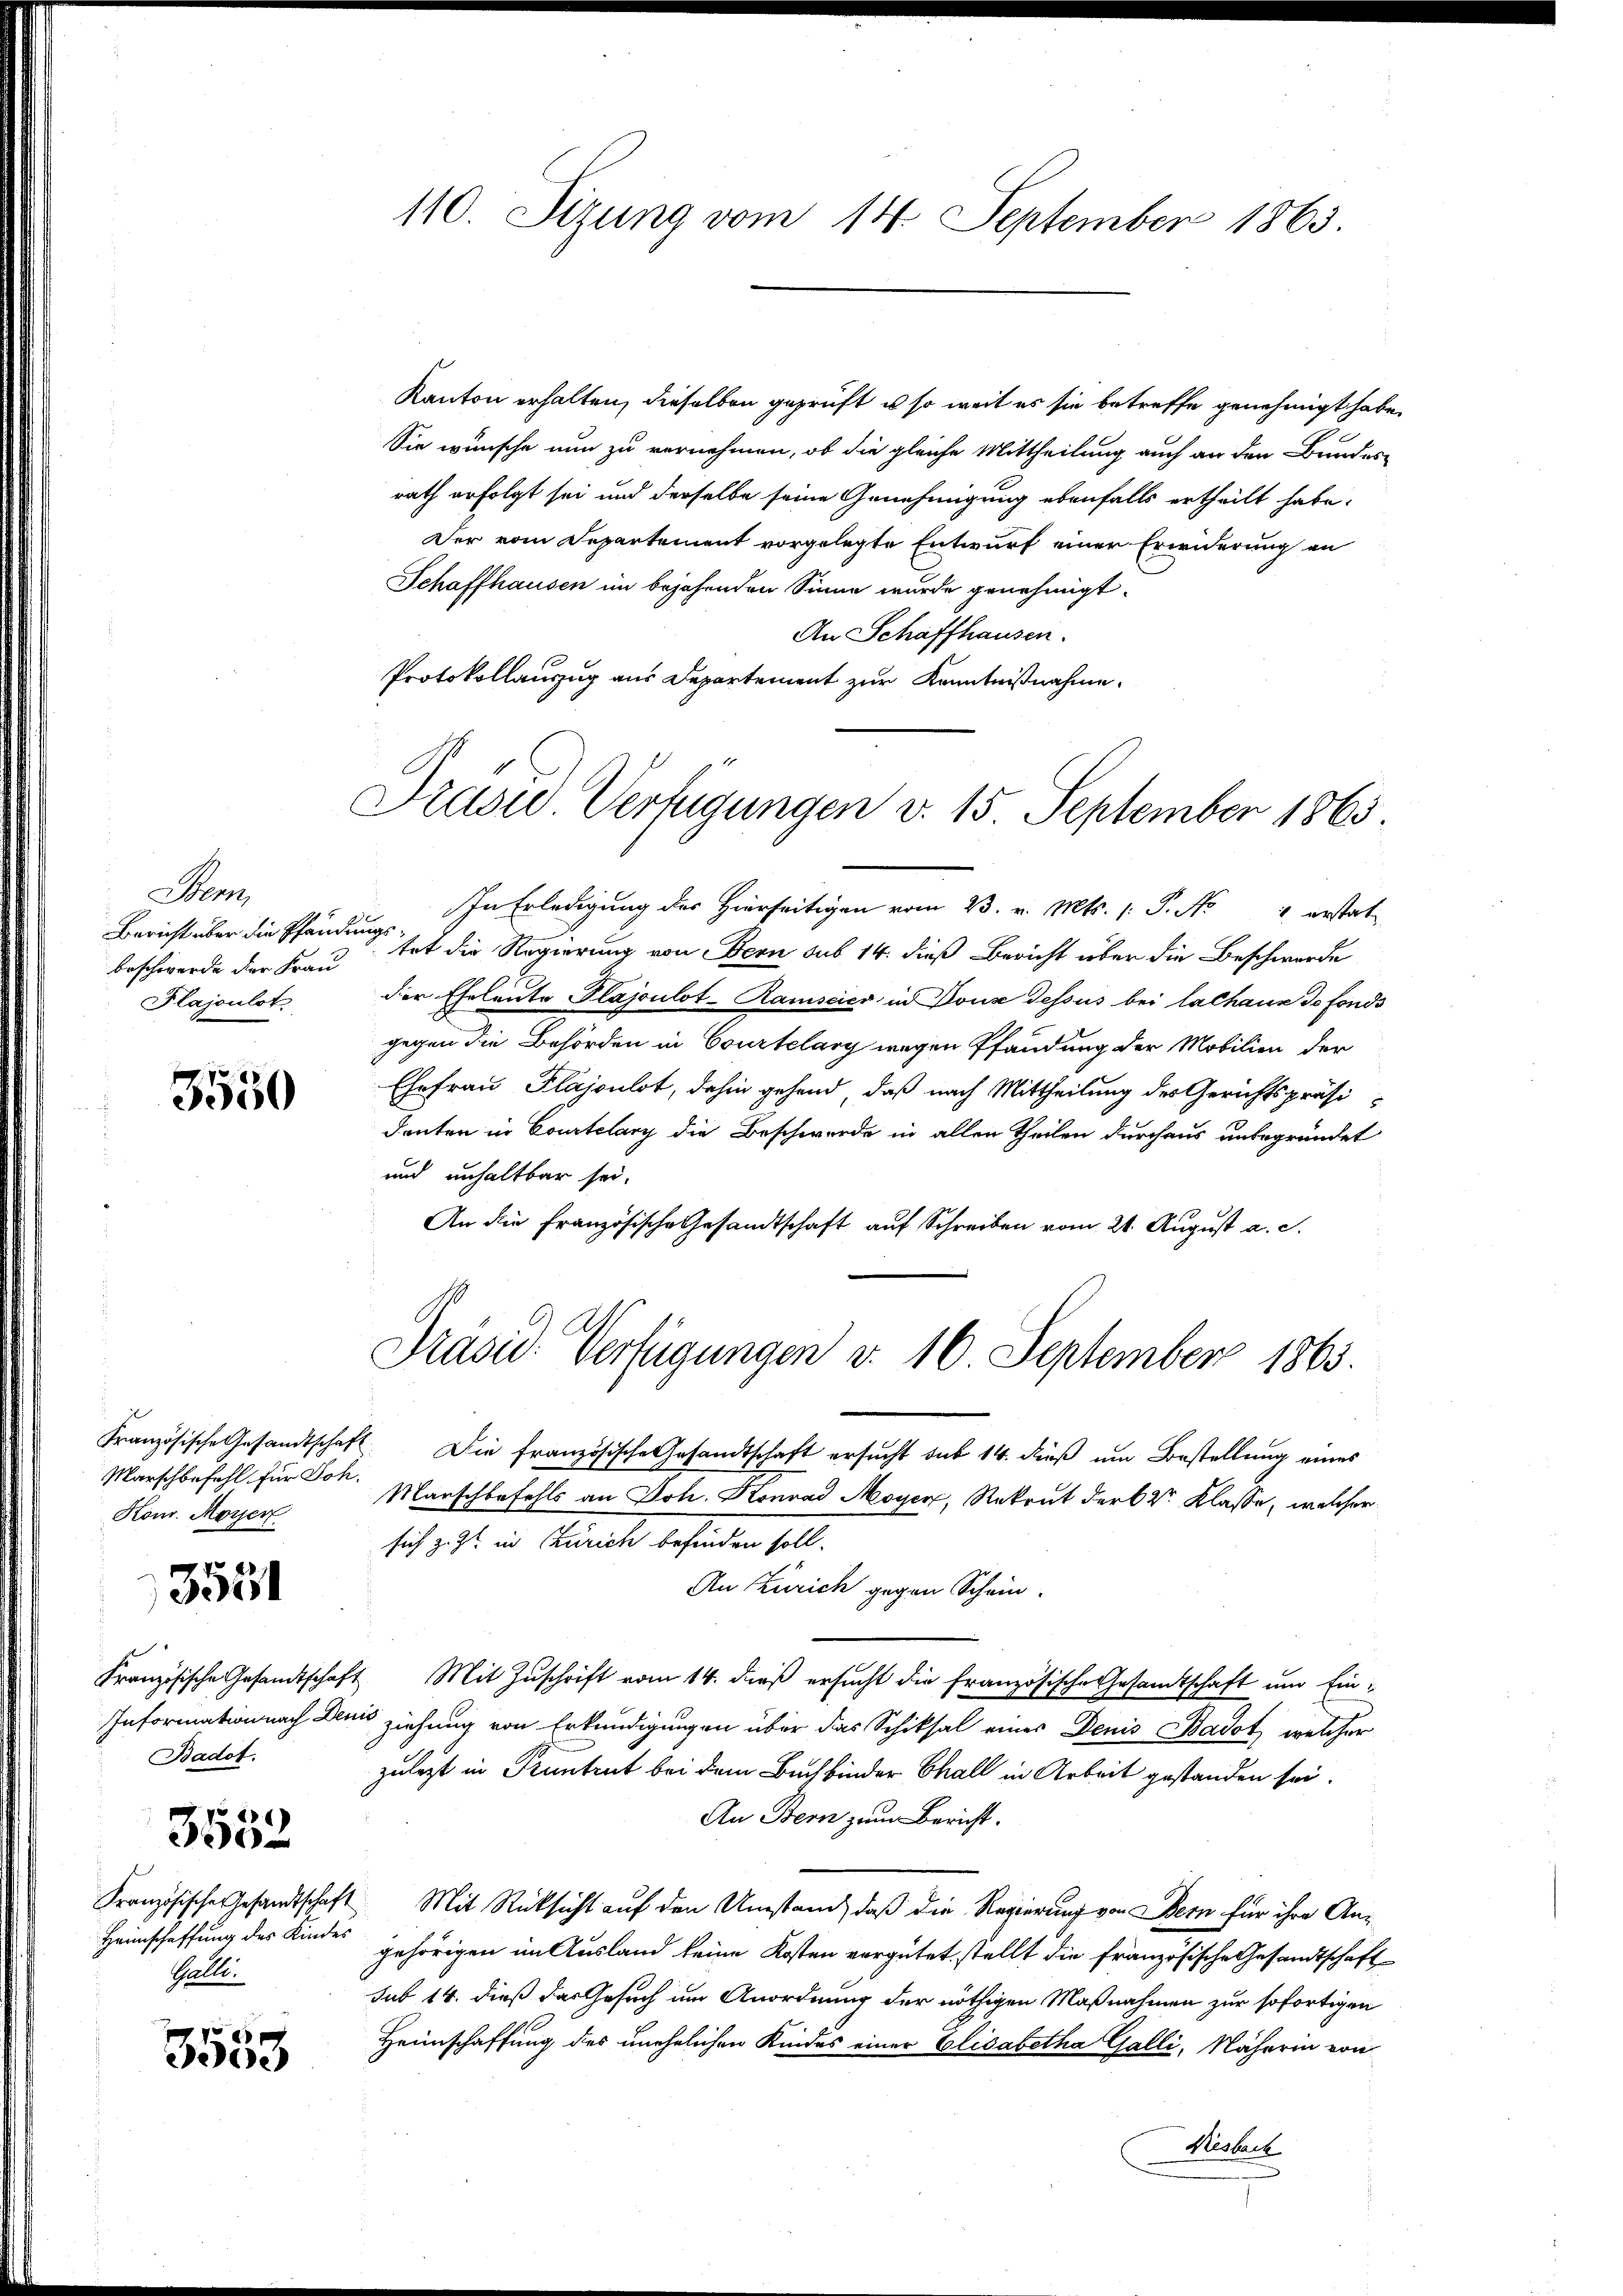
Sem
Bericht über die Pfänden
beschwerde der Frau
Plajoulot

3550

Französische Gesandtschaft
Marschbefehl für Joh.
Konr. Morgerl
Französische Gesandtschaft
Information nach Den
Badot.
26)
350.
Französische Gesandtschaft
Heimschaffung des Kindes
Galle.

e
3

3553

110. Sizung vom 14. September 1863.

Kanton erhalten, dieselben geprüft, es so weit es sie betreffe genehmigt habe.
Sie wünsche nun zu vernehmen, ob die gleiche Mittheilung auch an den Bundes-
rath erfolgt sei und derselbe seine Genehmigung ebenfalls ertheilt habe.
Der vom Departement vorgelegte Entwurf einer Erwiderung an
Schaffhausen im bejahenden Sinne wurde genehmigt.
An Schaffhausen.
Protokollauszug aus Departement zur Kenntnißnahme.

Trasse Verfügungen v. 15 September 1865.

Präsid. Verfügungen d. 16. September 1863.

In Erledigung des Hierseitigen vom 23. v. Mts. (: P. Nr. 4 erstat
a
tet die Regierung von Bern sub 14. dieß Bericht über die Beschwerde
der Eheleute Plajoulot-Ramscica in Douse dessus bei lachaus de fonds
gegen die Behörden in Courtelary wegen Pfandung der Mobilien der
Ehefrau Plajoulot, dahin gehend, daß nach Mittheilung des Gerichtspräsi
douten in Courtelary die Beschwerde in allen Theilen durchaus unbegründet
und unhaltbar sei.
An die französische Gesandtschaft auf Schreiben vom 21. August a. c.
2. Die französische Gesandtschaft ersucht sub 14. dieß um Bestellung eines
Manschbefehls an Joh. Konrad Moyer, Rekrut der betr. Klasse, welcher
sich z. Zt. in Zürich befinden soll.
An Zürich gegen Schein
 Mit Zuschrift vom 14. dieß ersucht die französische Gesandtschaft und Ein-
 ziehung von Erkundigungen über das Schiksal eines Denis Badot, welcher
zulezt in Kuntent bei dem Buchbinder Chall in Arbeit gestanden sei.
An Bern zum Bericht.
Mit Rücksicht auf den Umstand, daß die Regierung von Bern für ihre Angehörigen im Ausland keine Kosten vergütet, stellt die französische Gesandtschaft
sub 14. dieß das Gesuch um Anordnung der nöthigen Maßnahmen zur sofortigen
Heimschaffung des unehelichen Kindes einer Elisabetha Galli, Näherin von
Hesbach